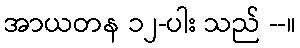
အာယတန ၁၂-ပါး သည် --။